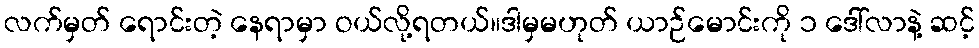
လက်မှတ် ရောင်းတဲ့ နေရာမှာ ဝယ်လို့ရတယ်။ဒါမှမဟုတ် ယာဉ်မောင်းကို ၁ ဒေါ်လာနဲ့ ဆင့်